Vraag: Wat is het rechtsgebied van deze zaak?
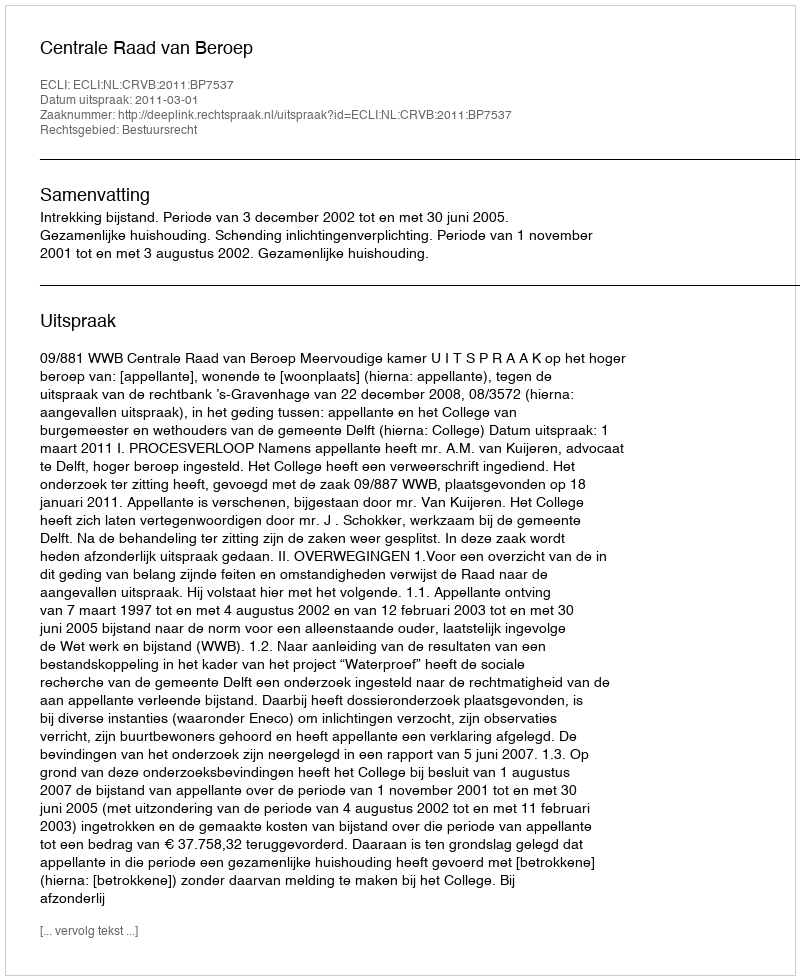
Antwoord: Bestuursrecht